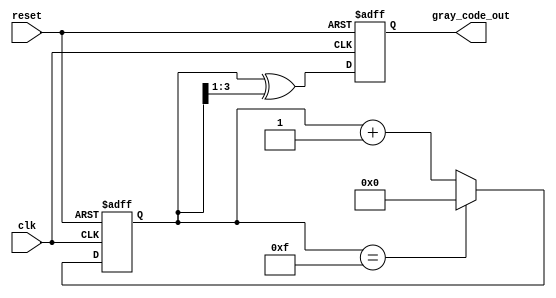
module gray_code_counter #(
    parameter N = 4  // Configurable bit width (default is 4 bits)
)(
    input wire clk,       // Clock signal
    input wire reset,     // Active low reset signal
    output reg [N-1:0] gray_code_out // Gray code output
);

    reg [N-1:0] binary_count; // Internal register to hold the binary count

    // Gray code conversion function
    function [N-1:0] binary_to_gray;
        input [N-1:0] binary;
        begin
            binary_to_gray = binary ^ (binary >> 1);
        end
    endfunction

    // Always block for counting and Gray code generation
    always @(posedge clk or negedge reset) begin
        if (!reset) begin
            binary_count <= 0; // Reset binary count to 0
            gray_code_out <= 0; // Reset Gray code output to 0
        end else begin
            // Increment binary count
            if (binary_count == (1 << N) - 1) begin
                binary_count <= 0; // Wrap around to 0
            end else begin
                binary_count <= binary_count + 1; // Increment binary count
            end
            
            // Convert binary count to Gray code
            gray_code_out <= binary_to_gray(binary_count);
        end
    end

endmodule